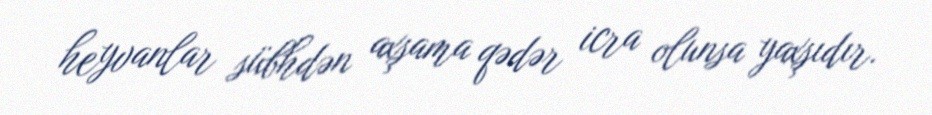
heyvanlar sübhdən axşama qədər icra olunsa yaxşıdır.